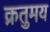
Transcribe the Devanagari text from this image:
क्रतुमय